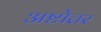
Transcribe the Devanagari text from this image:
अष्टोत्तर